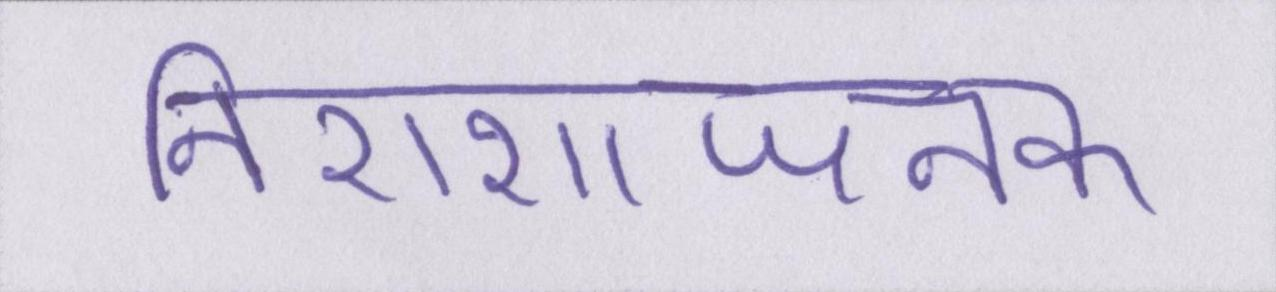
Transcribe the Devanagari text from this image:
निराशाजनक